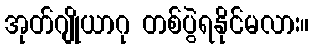
အုတ်ဂျိုယာဂု တစ်ပွဲရနိုင်မလား။